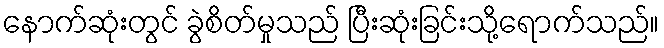
နောက်ဆုံးတွင် ခွဲစိတ်မှုသည် ပြီးဆုံးခြင်းသို့ရောက်သည်။